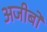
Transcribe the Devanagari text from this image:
अजीबो